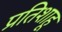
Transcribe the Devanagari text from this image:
प्रतिशाहू